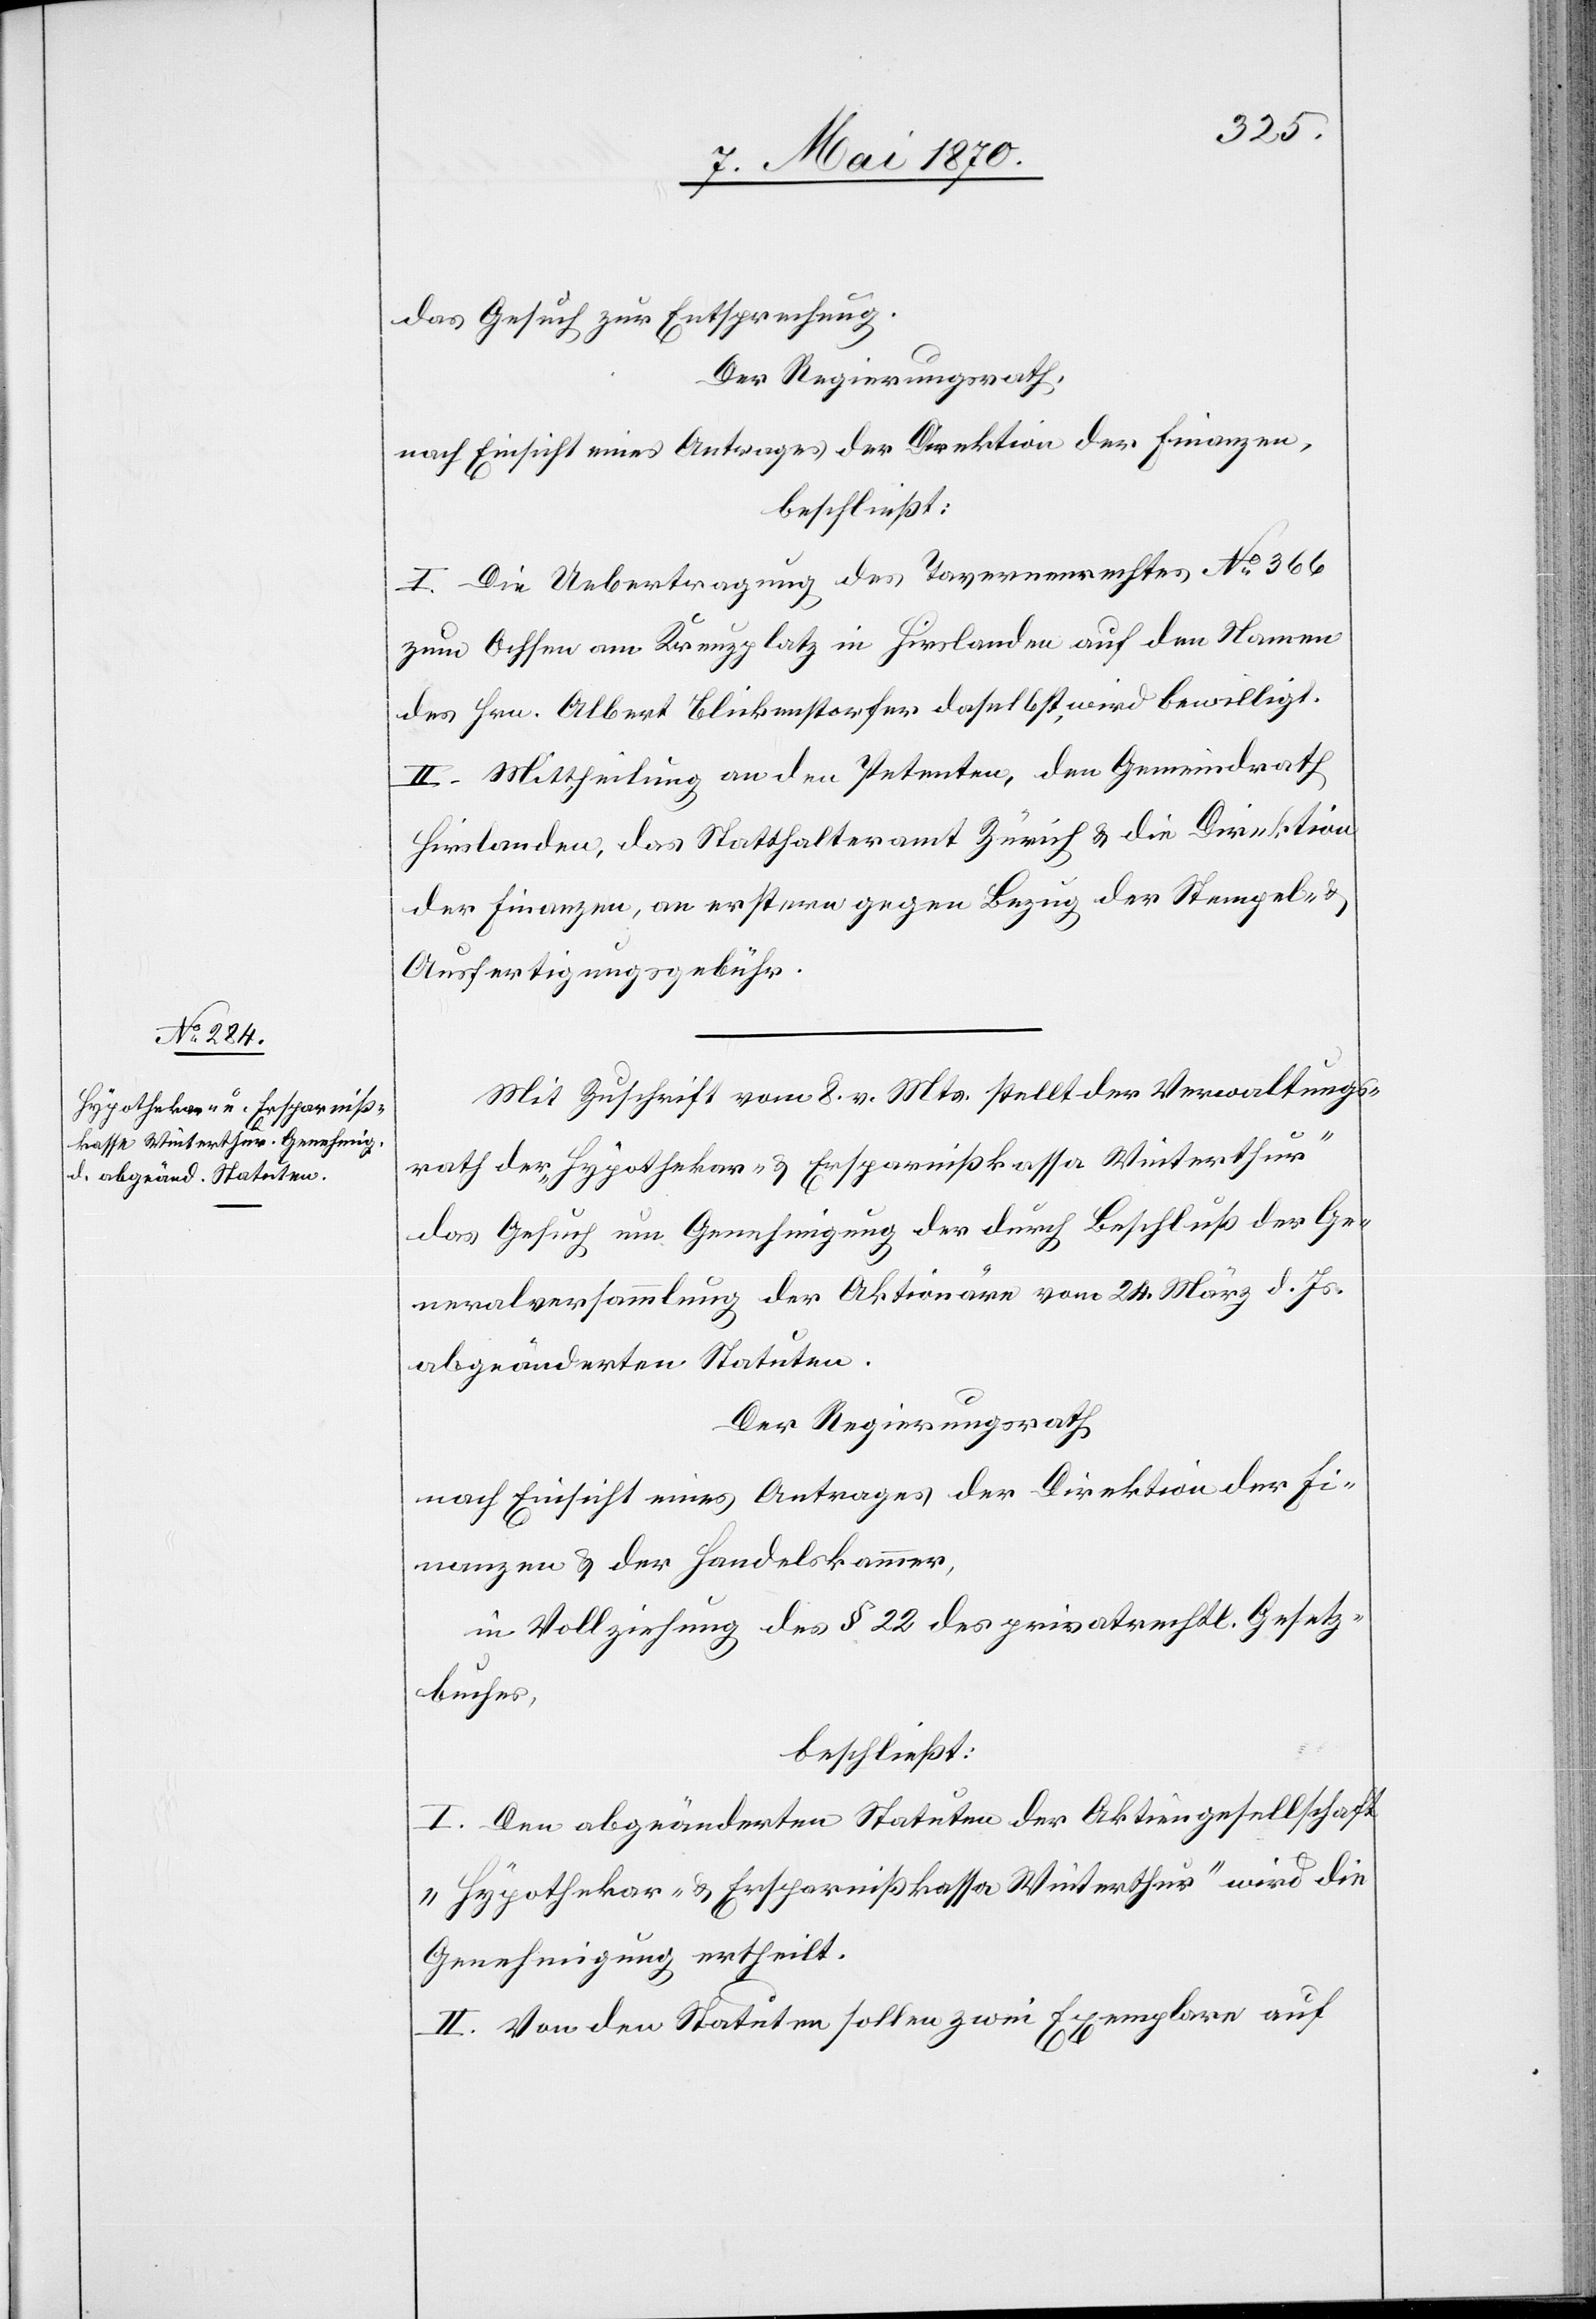
das Gesuch zur Entsprechung.
Der Regierungsrath,
nach Einsicht eines Antrages der Direktion der Finanzen,
beschließt:
I. Die Uebertretung des Tavernenrechtes No 366
zum Ochsen am Kreuzplatz in Hirslanden auf den Namen
des Hrn. Albert Blickenstorfer daselbst, wird bewilligt.
II. Mittheilung an den Petenten, den Gemeindrath
Hirslanden, das Statthalteramt Zürich & die Direktion
der Finanzen, an erstere gegen Bezug der Stempel-
Ausfertigungsgebühr.
Mit Zuschrift vom 8. v. Mts. stellt der Verwaltungs¬
rath der „Hypothekar- & Ersparnißkassa Winterthur“
das Gesuch um Genehmigung der durch Beschluß des Ge¬
neralversammlung der Aktionäre vom 24. März d. Js.
abgeänderten Statuten.
Der Regierungsrath
nach Einsicht eines Antrages der Direktion der Fi¬
nanzen & der Handelskammer,
in Vollziehung des § 22 des privatrechtl. Gesetz¬
buches,
beschließt:
I. Den abgeänderten Statuten der Aktiengesellschaft
„Hypothekar- & Ersparnißkassa Winterthur wird die
Genehmigung ertheilt.
II. Von den Statuten sollen zwei Exemplare auf